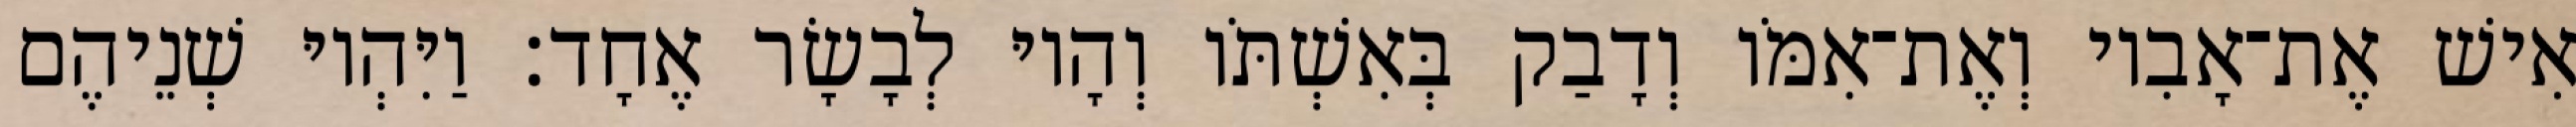
אִישׁ אֶת־אָבִיו וְאֶת־אִמֹּו וְדָבַק בְּאִשְׁתֹּו וְהָיוּ לְבָשָׂר אֶחָד׃ וַיִּהְיוּ שְׁנֵיהֶם